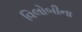
વિલોબીના